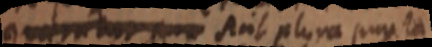
_ sint plura puncta